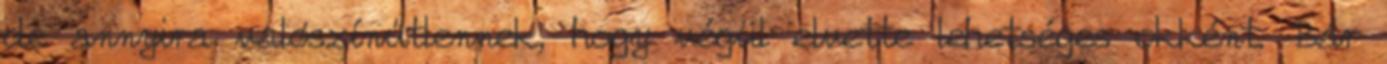
de annyira valószínűtlennek, hogy végül elvette lehetséges okként. Bár